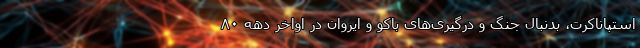
استپاناکرت، بدنبال جنگ و درگیری‌های باکو و ایروان در اواخر دهه ۸۰